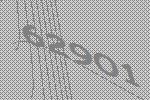
62901